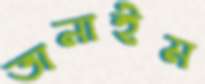
তানাইম